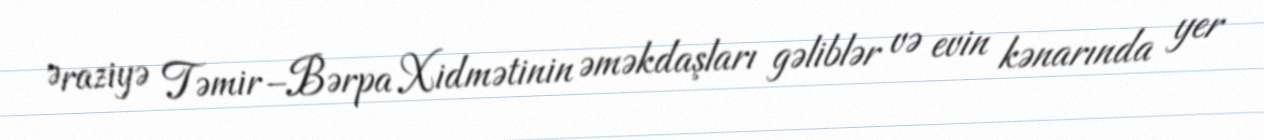
Əraziyə Təmir–Bərpa Xidmətinin əməkdaşları gəliblər və evin kənarında yer